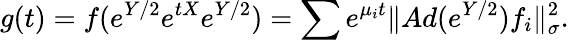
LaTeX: \displaystyle{g(t)=f(e^{Y/2}e^{tX}e^{Y/2})=\sum e^{\mu_{i}t}\| Ad(e^{Y/2})f_{i}\| _{\sigma}^{2}.}